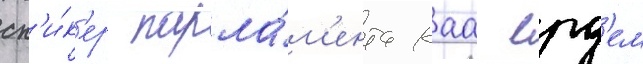
сп'и́к'ер парла́м'ента каа ерд'ем